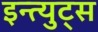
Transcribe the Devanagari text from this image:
इन्त्युट्स